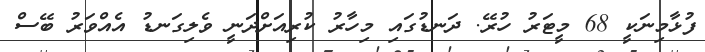
ފުޅާމިނަކީ 68 މީޓަރު ހުރޭ. ދަނޑުގައި މިހާރު ކުރިއަށްދަނީ ވެލިގަނޑު އެއްވަރު ބޭސް